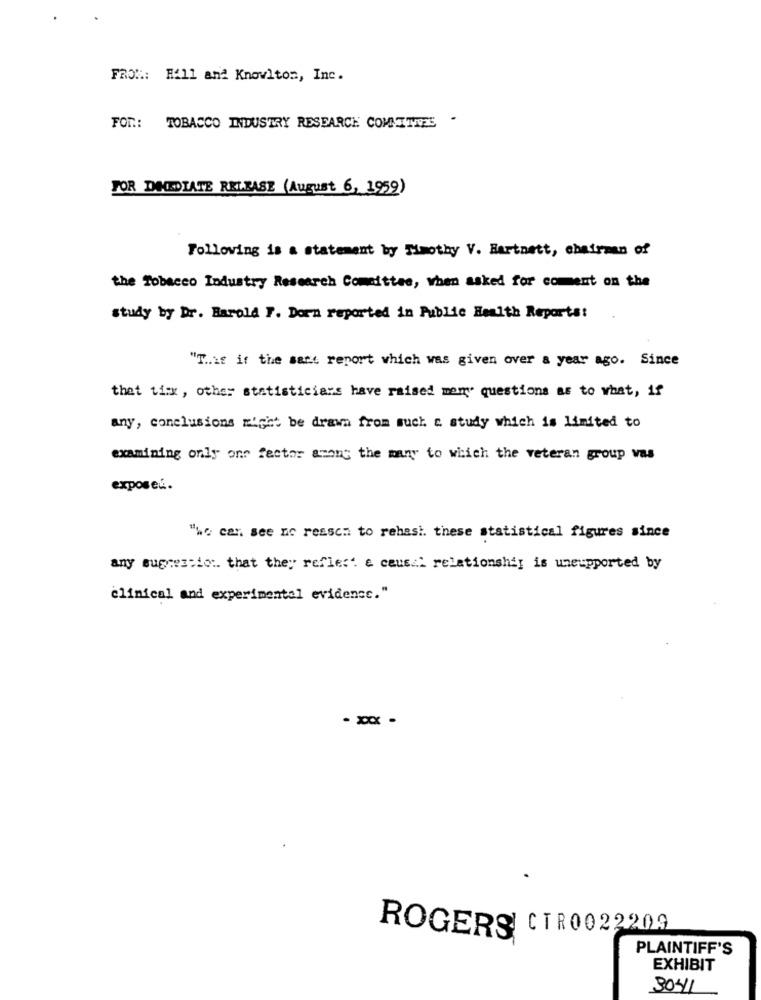
FROM: Hill and Knowlton, Inc.
FOR: TOBACCO INDUSTRY RESEARCH COMMITTEE .
FOR DIEDLATE RELEASE (August 6, 1959)
Following is a statement by Mimothy V. Hartnett, chairman of
the Tobacco Industry Research Committee, when asked for coment on the
study by Dr. Harold 7. Dorn reported in Public Health Reports:
"T ..:: if the satt report which was given over a year ago. Since
that tixx, other statisticians have raised mamy questions as to what, if
any, conclusions might be drawn from such a study which is limited to
examining only one factor among the many to which the veteran group was
exposeű.
"we can see no reason to rehas !. these statistical figures since
any suggestio :. that they refles' e cause2 relationship is uneupported by
clinical and experimental evidence."
-xxx -
CTR0022209
ROGERS
PLAINTIFF'S
EXHIBIT
3041